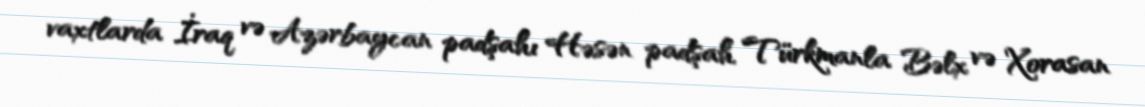
vaxtlarda İraq və Azərbaycan padşahı Həsən padşah Türkmanla Bəlx və Xorasan